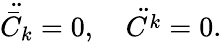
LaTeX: \ddot{{\bar{C}}_{k}}=0,\quad\ddot{{C}^{k}}=0.